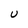
Character: U